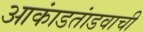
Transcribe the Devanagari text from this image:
आकांडतांडवाची